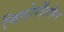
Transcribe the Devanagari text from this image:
चित्तोरोंजोन